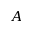
A